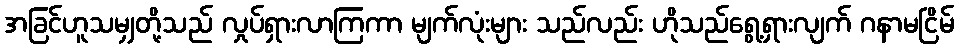
အခြင်ဟူသမျှတို့သည် လှုပ်ရှားလာကြကာ မျက်လုံးများ သည်လည်း ဟိုသည်ရွေ့ရှားလျက် ဂနာမငြိမ်